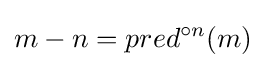
m-n=pred^{\circ n}(m)